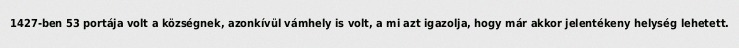
1427-ben 53 portája volt a községnek, azonkívül vámhely is volt, a mi azt igazolja, hogy már akkor jelentékeny helység lehetett.